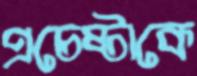
প্রচেষ্টাকে